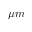
\mu m